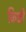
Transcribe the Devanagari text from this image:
किक्षी